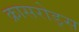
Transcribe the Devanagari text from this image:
क्रासरोड्स